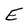
Character: E